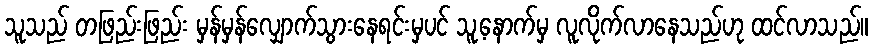
သူသည် တဖြည်းဖြည်း မှန်မှန်လျှောက်သွားနေရင်းမှပင် သူ့နောက်မှ လူလိုက်လာနေသည်ဟု ထင်လာသည်။